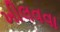
ખીલવવા